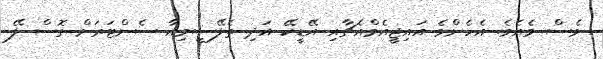
ވެސް ވެއެވެ. އެހެންވެ އައިޖީއެމްއެޗާއި އޭޑީކޭ އަދި ތެލޭސީމިއާ ސެންޓަރަށް ގޮސް ލޭ